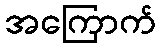
အကြောက်